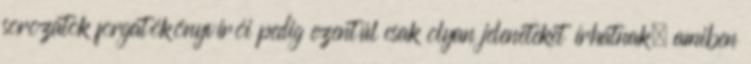
sorozatok forgatókönyvírói pedig ezentúl csak olyan jeleneteket írhatnak, amiben